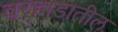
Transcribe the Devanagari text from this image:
वऱ्हाडातील